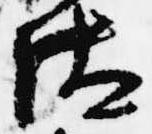
汰